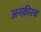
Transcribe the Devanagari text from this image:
अनक़ीरब